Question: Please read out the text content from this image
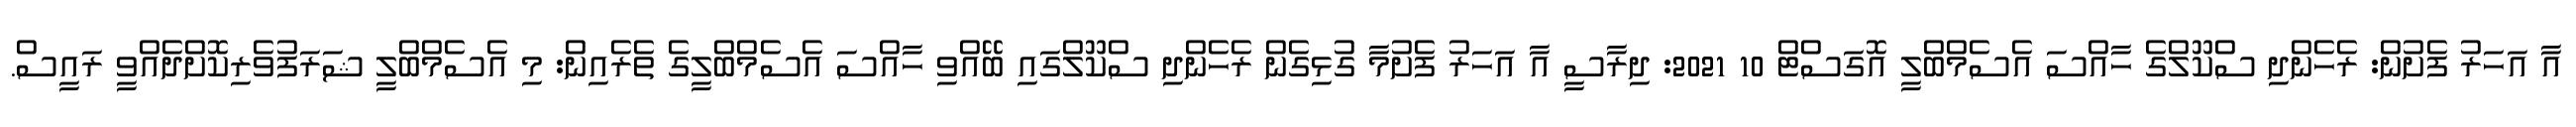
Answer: އާ އަހަރު ފެށުން: ރެހެންދި ސްކޫލްގެ ހާއްސަ އެސެމްބްލީ އޮގަސްޓް 10 2021: ދިރާސީ އާ އަހަރު ފެށުމާ ގުޅިގެން ރެހެންދި ސްކޫލްގައި ބޭއްވި ހާއްސަ އެސެމްބްލީގެ ތެރެއިން: މި އެސެމްބްލީ ޝަރަފުވެރިކޮށްދެއްވީ ރައީސް.